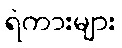
ရဲကားများ